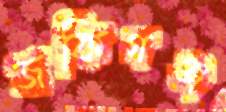
জকিগঞ্জ